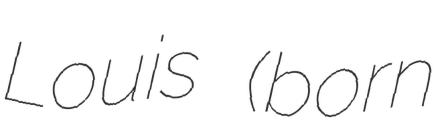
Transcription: Louis (born